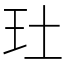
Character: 𤣰